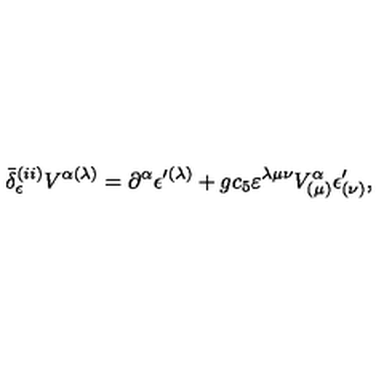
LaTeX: \bar { \delta } _ { \epsilon } ^ { ( i i ) } V ^ { \alpha ( \lambda ) } = \partial ^ { \alpha } \epsilon ^ { \prime ( \lambda ) } + g c _ { 5 } \varepsilon ^ { \lambda \mu \nu } V _ { ( \mu ) } ^ { \alpha } \epsilon _ { ( \nu ) } ^ { \prime } ,